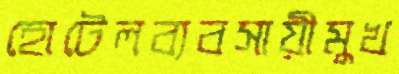
হোটেলব্যবসায়ীমুখ